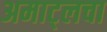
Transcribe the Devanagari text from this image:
अमाट्लचा